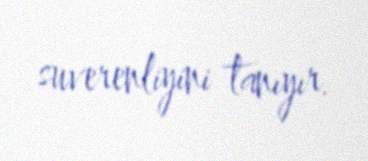
suverenliyini tanıyır.